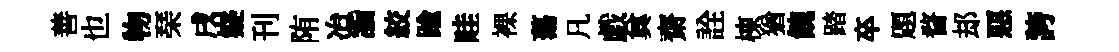
善也物琹戌嶷刊陏冶詣絞踰畦裸蕩凡戯兾齋詮棟猶餽踏卒題瞀𨚫惡誇